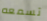
تسمعه